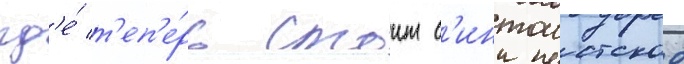
гд'е́ т'еп'е́рь стоит с'интоистское